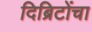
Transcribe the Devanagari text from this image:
दिब्रिटोंचा